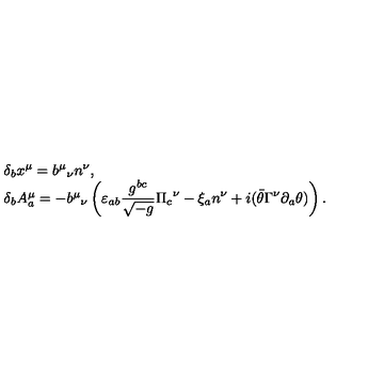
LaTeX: \begin{array} { l } { \delta _ { b } x ^ { \mu } = { b ^ { \mu } } _ { \nu } n ^ { \nu } , } \\ { \delta _ { b } A _ { a } ^ { \mu } = - { b ^ { \mu } } _ { \nu } \displaystyle \left( \varepsilon _ { a b } \frac { g ^ { b c } } { \sqrt { - g } } { \Pi _ { c } } ^ { \nu } - \xi _ { a } n ^ { \nu } + i ( \bar { \theta } \Gamma ^ { \nu } \partial _ { a } \theta ) \right) . } \\ \end{array}